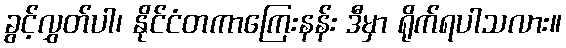
ခွင့်လွှတ်ပါ၊ နိုင်ငံတကာကြေးနန်း ဒီမှာ ရိုက်ရပါသလား။